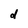
Character: d